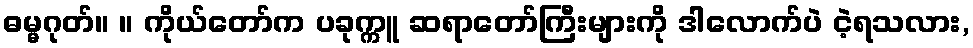
ဓမ္မဂုတ်။ ။ ကိုယ်တော်က ပခုက္ကူ ဆရာတော်ကြီးများကို ဒါလောက်ပဲ ငဲ့ရသလား,